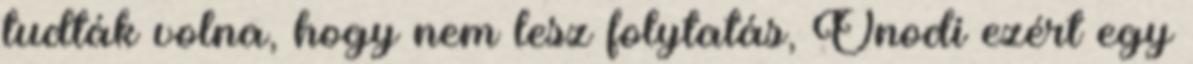
tudták volna, hogy nem lesz folytatás, Ónodi ezért egy